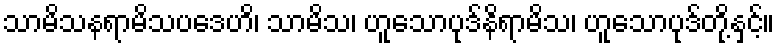
သာမိသနရာမိသပဒေဟိ၊ သာမိသ၊ ဟူသောပုဒ်နိရာမိသ၊ ဟူသောပုဒ်တို့နှင့်။